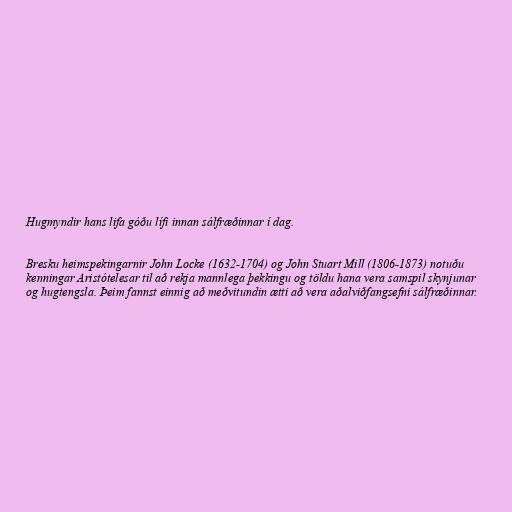
Hugmyndir hans lifa góðu lífi innan sálfræðinnar í dag.

Bresku heimspekingarnir John Locke (1632-1704) og John Stuart Mill (1806-1873) notuðu
kenningar Aristótelesar til að rekja mannlega þekkingu og töldu hana vera samspil skynjunar
og hugtengsla. Þeim fannst einnig að meðvitundin ætti að vera aðalviðfangsefni sálfræðinnar.